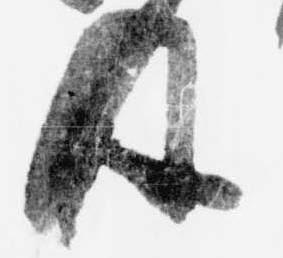
及